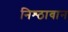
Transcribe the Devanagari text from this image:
निश्ठावान